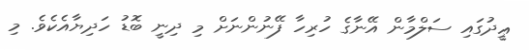
ޢީދުގައި ސަލްމާން އޭނާގެ ހުރިހާ ފޭނުންނަށް މި ދިނީ ބޮޑު ހަދިޔާއެކެވެ. މި